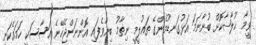
ވީމާ ޚުލާޞާކޮށް ބުނާނަމަ އަޅުގަނޑުމެންގެ ތަޢުލީމީ ނިޡާމު ބިނާވެފައި އޮންނަންޖެހޭނެ އަސާސަކީ ހަމައެކަނި